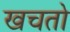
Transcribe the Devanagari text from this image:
खचतो